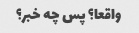
واقعا؟ پس چه خبر؟